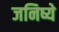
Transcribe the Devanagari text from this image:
जनिष्ये